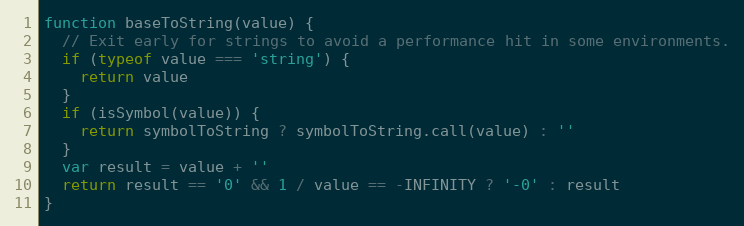
Language: JavaScript
function baseToString(value) {
  // Exit early for strings to avoid a performance hit in some environments.
  if (typeof value === 'string') {
    return value
  }
  if (isSymbol(value)) {
    return symbolToString ? symbolToString.call(value) : ''
  }
  var result = value + ''
  return result == '0' && 1 / value == -INFINITY ? '-0' : result
}